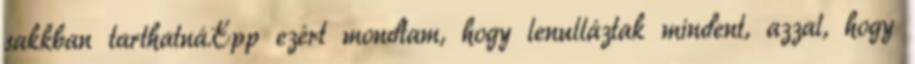
sakkban tarthatná.Épp ezért mondtam, hogy lenulláztak mindent, azzal, hogy